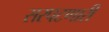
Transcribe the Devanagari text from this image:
सरपटणारी